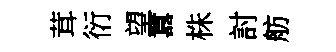
茸衍望囂株討舫